Vaccination United Provinces of Agra and Oudh 1902-1913 - 1902-1913
Year: 1902
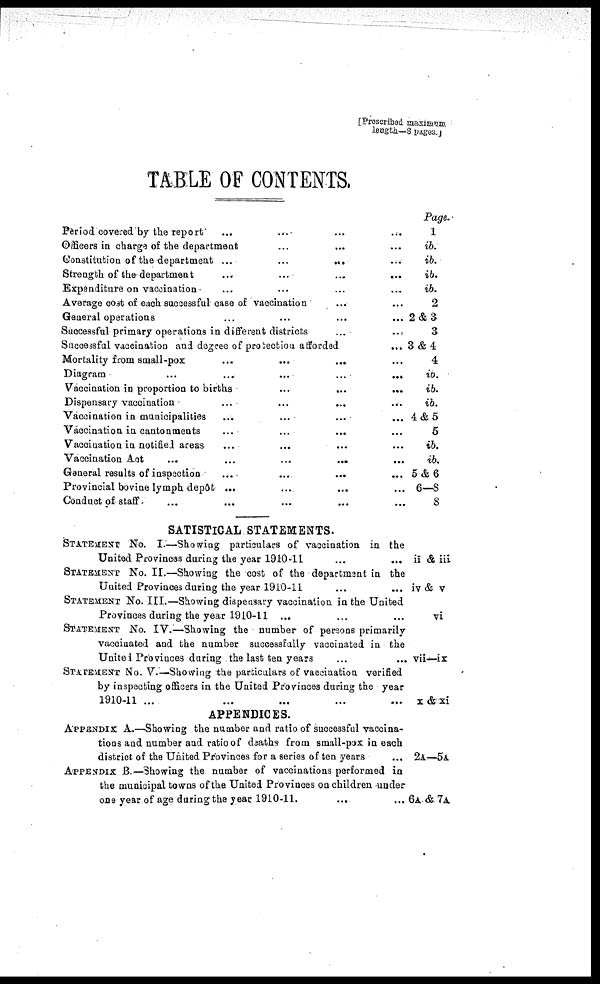
TABLE OF CONTENTS.
Period covered by the report ... ... ... ...
Officers in charge of the department ... ... ...
Constitution of the department
...
...
...
...
Strength of the department ... ... ... ...
Expenditure on vaccination ... ... ... ...
Average cost of each successful case of vaccination ... ...
General operations ... ... ... ...
Successful primary operations in different districts ... ...
Successful vaccination and degree of protection afforded
...
Mortality from small-pox ... ... ... ...
Diagram
...
...
...
...
...
Vaccination in proportion to births
...
...
...
Dispensary vaccination ... ... ... ...
Vaccination in municipalities ... ... ... ...
Vaccination in cantonments ... ... ... ...
Vaccination in notified areas ... ... ... ...
Vaccination Act
...
...
...
...
...
General results of inspection ... ... ... ...
Provincial bovine lymph depôt ... ... ... ...
Conduct of staff ... ... ... ... ...
SATISTICAL STATEMENTS.
STATEMENT NO. I.—Showing particulars of vaccination in the
United Provinces during the year 1910-11 ... ...
STATEMENT NO. II.—Showing the cost of the department in the
United Provinces during the year 1910-11 ... ...
STATEMENT NO. III.—Showing dispensary vaccination in the United
Provinces during the year 1910-11 ... ... ...
STATEMENT NO. IV.—Showing the number of persons primarily
vaccinated and the number successfully vaccinated in the
United Provinces during the last ten years
...
...
STATEMENT NO. V.—Showing the particulars of vaccination verified
by inspecting officers in the United Provinces during the year
1910-11 ... ... ... ... ...
APPENDICES.
APPENDIX A.—Showing the number and ratio of successful vaccina-
tions and number and ratio of d3aths from small-pox in each
district of the United Provinces for a series of ten years ...
APPENDIX B.—Showing the number of vaccinations performed in
the municipal towns of the United Provinces on children under
one year of age during the year 1910-11.
... ...
Page.
1
ib.
ib.
ib.
ib.
2
2 & 3
3
3&4
4
ib.
ib.
ib.
4 & 5
5
ib.
ib.
5&6
6—8
8
ii & iii
iv & v
vi
vii—ix
x & xi
2A—5A
6A & 7A